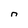
Character: n